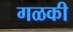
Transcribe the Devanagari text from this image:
गळकी